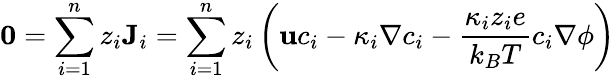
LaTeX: \mathbf{0}=\sum_{i=1}^{n}z_{i}\mathbf{J}_{i}=\sum_{i=1}^{n}z_{i}\left(\mathbf{u}c_{i}-\kappa_{i}\nabla c_{i}-\frac{\kappa_{i}z_{i}e}{k_{B}T}c_{i}\nabla\phi\right)